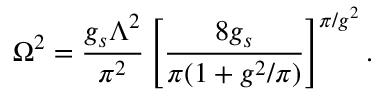
\Omega ^ { 2 } = \frac { g _ { s } \Lambda ^ { 2 } } { \pi ^ { 2 } } \left[ \frac { 8 g _ { s } } { \pi ( 1 + g ^ { 2 } / \pi ) } \right] ^ { \pi / g ^ { 2 } } .